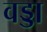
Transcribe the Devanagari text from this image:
वड्डा